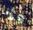
ولا